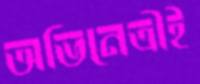
অভিনেত্রীই